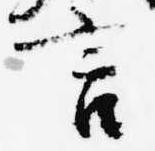
言